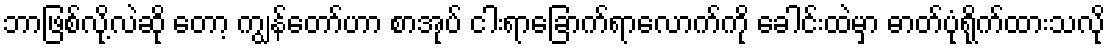
ဘာဖြစ်လို့လဲဆို တော့ ကျွန်တော်ဟာ စာအုပ် ငါးရာခြောက်ရာလောက်ကို ခေါင်းထဲမှာ ဓာတ်ပုံရိုက်ထားသလို